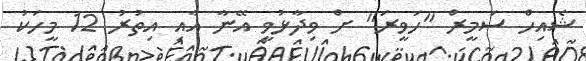
ޝެއިހް ސަމީރް "ހަވީރަ" ށް ވިދާޅުވީ އޭނާ އާއި އިތުރު 12 މީހަކު